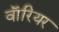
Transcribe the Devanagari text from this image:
वाॅरियर